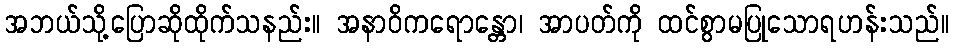
အဘယ်သို့ပြောဆိုထိုက်သနည်း။ အနာဝိကရောန္တော၊ အာပတ်ကို ထင်စွာမပြုသောရဟန်းသည်။